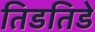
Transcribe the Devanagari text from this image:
तिडतिडे